Sanitation, dispensaries and jails vaccination Rajputana 1922-1927 - 1922-1927
Year: 1922
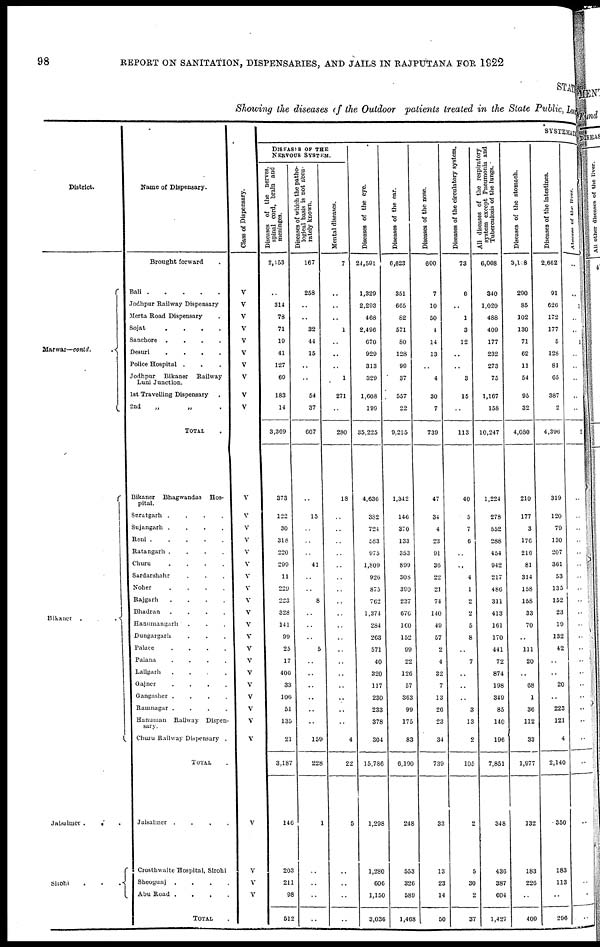
98
REPORT ON SANITATION, DISPENSARIES, AND JAILS IN RAJPUTANA FOR 1922
STATE
Showing the diseases of the Outdoor patients treated in the State Public, Local
District.
Marwar—contd..
Bikaner...
Jaisalmer...
Sirohi...
Name of Dispensary.
Brought forward.
Bali
Jodhpur Railway Dispensary
Merta Road Dispensary
Sojat....
Sanchore....
Desuri....
Police Hospital .
Jodhpur
Bikaner
Railway
Luni Junction.
1st Travelling Dispensary.
2nd
„
„ .
TOTAL.
Bikaner Bhagwandas
Hos-
pital.
Suratgarh....
Sujangarh....
Reni
Ratangarh....
Churu....
Sardarshahr...
Noher....
Rajgarh....
Bhadran....
Hanumangarh...
Dungargarh...
Palace....
Palana....
Lallgarh....
Gajner....
Gangasher....
Ramnagar....
Hanuman Railway Dispen-
sary.
Churu Railway Dispensary.
TOTAL.
Jaisalmer....
Crosthwaite Hospital, Sirohi
Sheogunj....
Abu
Road....
TOTAL.
Class of Dispensary.
V
V
V
V
V
V
V
V
V
V
V
V
V
V
V
V
V
V
V
V
V
V
V
V
V
V
V
V
V
V
V
V
V
V
SYSTEMATIC
DISEASES OF THE
NERVOUS SYSTEM.
Diseases of the nerves,
spinal cord, brain and
meninges.
2,453
..
314
78
71
19
41
127
69
183
14
3,369
373
122
30
318
220
299
11
229
223
328
141
99
25
17
406
33
100
51
135
21
3,187
146
203
211
98
512
Diseases of which the patho-
logical basis is not accu-
rately known.
167
258
..
..
32
44
15
..
..
54
37
607
..
15
..
..
..
41
..
..
8
..
..
..
5
..
..
..
..
..
..
159
228
1
..
..
..
..
Mental diseases.
7
..
..
..
1
..
..
..
1
271
..
280
18
..
..
..
..
..
..
..
..
..
..
..
..
..
..
..
..
..
..
4
22
5
..
..
..
..
Diseases of the eye.
24,591
1,329
2,293
468
2,496
670
929
313
329
1,608
199
35,225
4,636
382
724
583
975
1,809
926
875
762
1,374
284
263
571
40
320
117
230
233
378
304
15,786
1,298
1,280
606
1,150
3,036
Diseases of the ear.
6,623
351
665
82
571
80
128
99
37
557
22
9,215
1,342
146
370
133
353
899
308
390
237
676
100
152
99
22
126
57
363
99
175
83
6,190
248
553
326
589
1,468
Diseases of the nose.
600
7
10
50
4
14
13
..
4
30
7
739
47
34
4
23
91
36
22
21
74
140
49
57
2
4
32
7
13
26
23
34
739
33
13
23
14
50
Diseases of the circulatory system.
73
6
..
1
3
12
..
..
3
15
..
113
40
5
7
6
..
..
4
1
2
2
5
8
..
7
..
..
..
3
13
2
105
2
5
30
2
37
All diseases of the respiratory
system except Pneumonia and
Tuberculosis of the lungs.
6,008
340
1,020
488
409
177
232
273
75
1,167
158
10,247
1,224
278
552
288
454
942
217
486
311
413
161
170
441
72
874
198
349
85
140
196
7,851
348
436
387
604
1,427
Diseases of the stomach.
3,148
290
85
102
130
71
62
11
54
95
32
4,080
210
177
3
176
216
81
314
158
158
33
70
..
111
20
..
68
1
36
112
33
1,977
132
183
226
..
409
Diseases of the intestines.
2,662
91
626
172
177
5
128
81
65
387
2
4,396
319
120
79
130
207
361
53
135
152
23
19
132
42
..
..
20
..
223
121
4
2,140
350
183
113
..
296
Abscess of the liver.
..
..
1
..
..
1
..
..
..
..
..
2
..
..
..
..
..
..
..
..
..
..
..
..
..
..
..
..
..
..
..
..
..
..
..
..
..
..